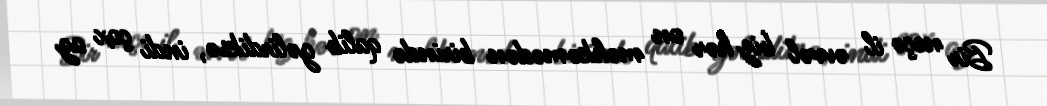
Bir neçə il əvvəl biz hər on məhkəmədən birində qalib gəlirdiksə, indi çox az